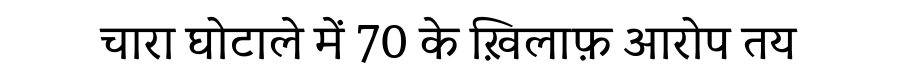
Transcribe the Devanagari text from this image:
चारा घोटाले में 70 के ख़िलाफ़ आरोप तय